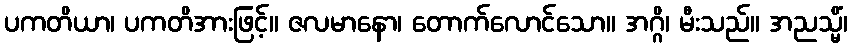
ပကတိယာ၊ ပကတိအားဖြင့်။ ဇလမာနော၊ တောက်လောင်သော။ အဂ္ဂိ၊ မီးသည်။ အညသ္မိံ၊